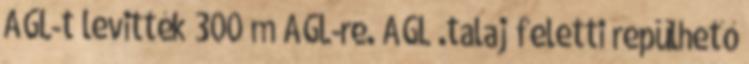
AGL-t levitték 300 m AGL-re. AGL .talaj feletti repülhető